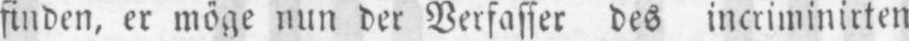
finden, er möge nun der Verfasser des incriminirten